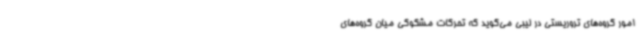
امور گروه‌های تروریستی در لیبی می‌گوید که تحرکات مشکوکی میان گروه‌های